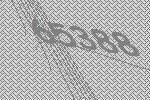
65388